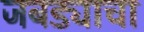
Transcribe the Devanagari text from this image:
जबड्याचा